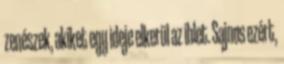
zenészek, akiket egy ideje elkerül az ihlet. Sajnos ezért,